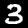
Label: 3